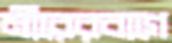
মীরেরবাগে